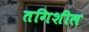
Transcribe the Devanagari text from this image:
तगिशील